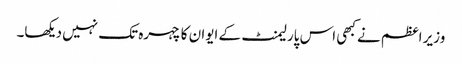
وزیر اعظم نے کبھی اس پارلیمنٹ کے ایوان کا چہرہ تک نہیں دیکھا۔